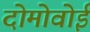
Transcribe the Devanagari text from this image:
दोमोवोई